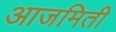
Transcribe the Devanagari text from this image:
आजमिती